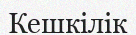
Кешкілік